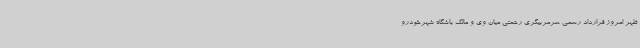
ظهر امروز قرارداد رسمی سرمربیگری رحمتی میان وی و مالک باشگاه شهرخودرو